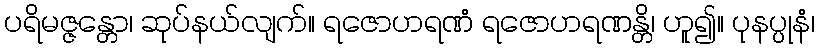
ပရိမဇ္ဇန္တော၊ ဆုပ်နယ်လျက်။ ရဇောဟရဏံ ရဇောဟရဏန္တိ၊ ဟူ၍။ ပုနပ္ပုနံ၊